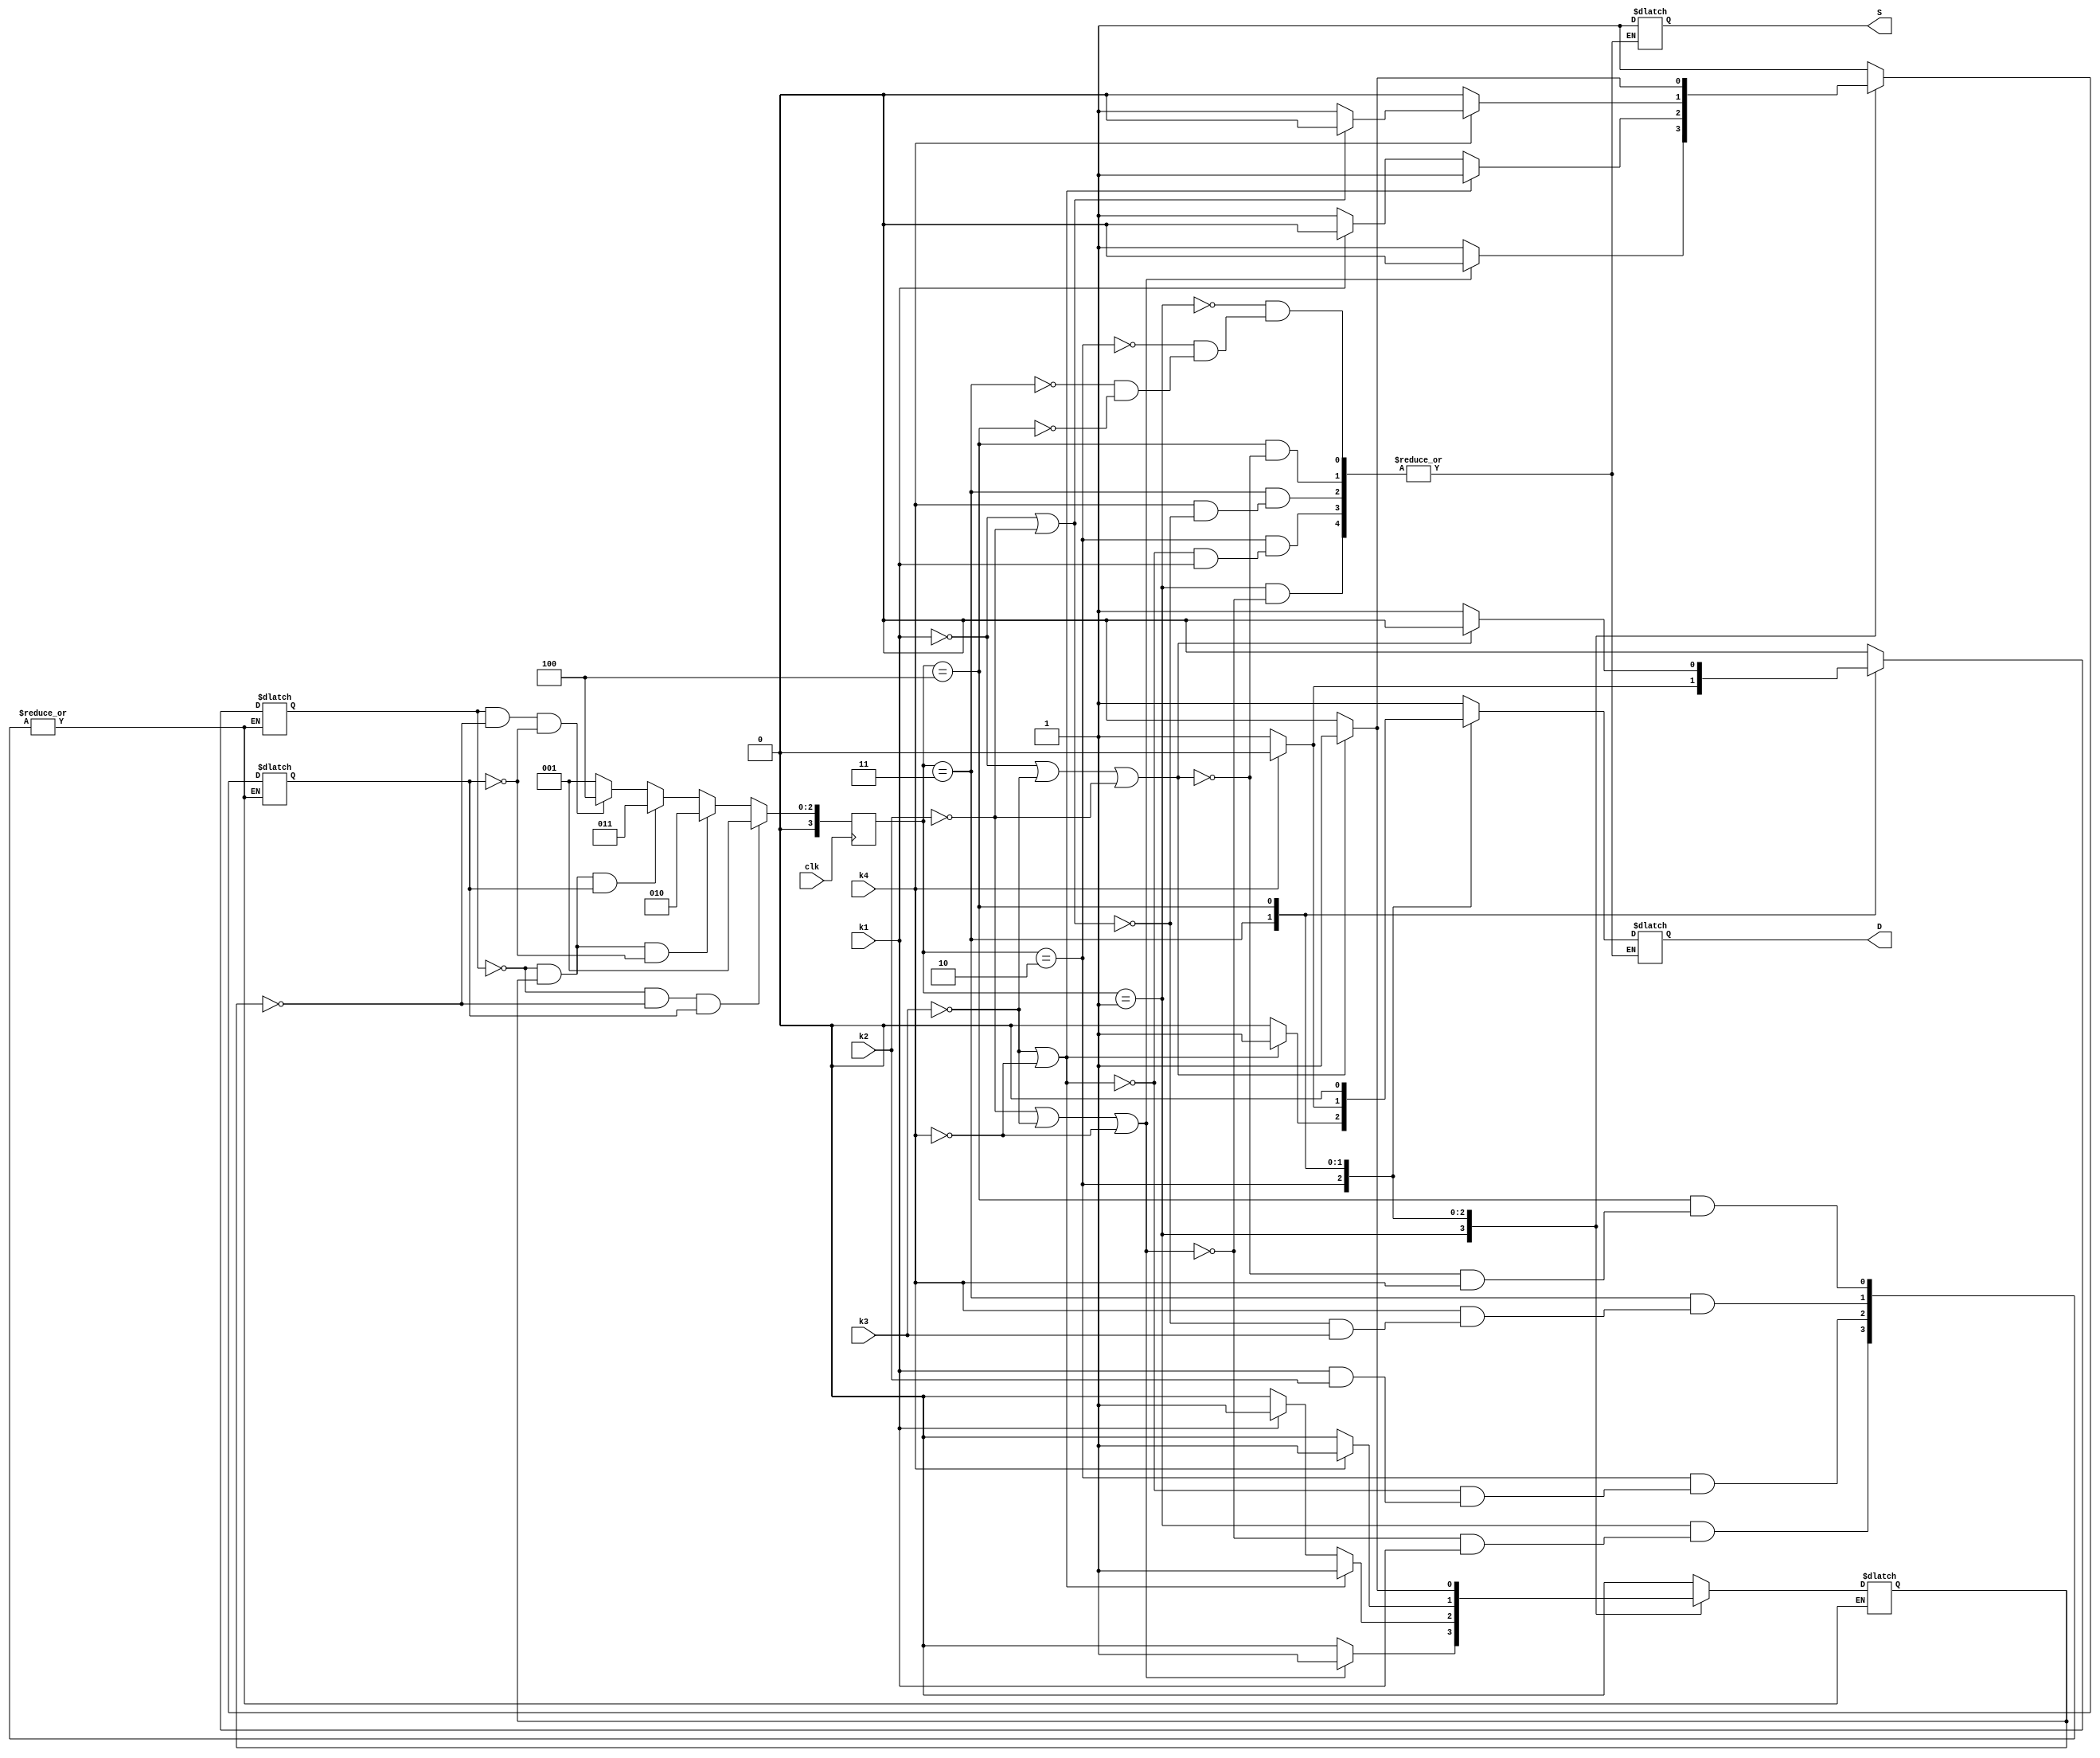
module reco(
input k1,
input k2,
input k3,
input k4,
input clk,
output reg S,
output reg D
);
localparam s1=1,s2=2,s3=3,s4=4;
reg [3:0] n; reg z1;
 reg z2;
 reg z3;

always@(posedge clk)begin
if(z1==0&z2==0&z3==1)n<=1;
else if(z1==0&z2==1&z3==0)n<=2;
else if(z1==0&z2==1&z3==1)n<=3;
else if(z1==1&z2==0&z3==0)n<=4;
else n<=1;
end
	always @*
			case(n)
						
				s1	:	if(!k2|!k3|!k4) begin z1<=0;z2<=1;z3<=0;S<=1;D<=1;end
				 else if(!k1)begin z1<=0;z2<=0;z3<=1;end
				s2	:	if(!k3|!k4) begin z1<=0;z2<=1;z3<=1;S<=1;D<=1;end
		          else if(!k1)begin z1<=0;z2<=0;z3<=1;S<=1;D<=0;end
				else if(!k2)	 begin z1<=0;z2<=1;z3<=0;end
				s3	:	if(!k4) begin z1<=1;z2<=0;z3<=0;S<=1;D<=1;end
			 else if(!k1|!k2)begin z1<=0;z2<=1;z3<=0;S<=1;D<=0;end	
			 else if(!k3)	 begin z1<=0;z2<=1;z3<=1;end
				s4	:	if(!k1|!k3|!k2) begin z1<=0;z2<=1;z3<=1;S<=1;D<=0;end
			 else if(!k4)	 begin z1<=1;z2<=0;z3<=0;end	
				default : begin z1<=0;z2<=0;z3<=1; end
			endcase
endmodule